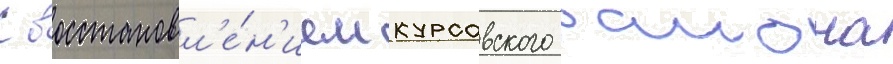
С восстановл'е́н'ием курсавского раиона